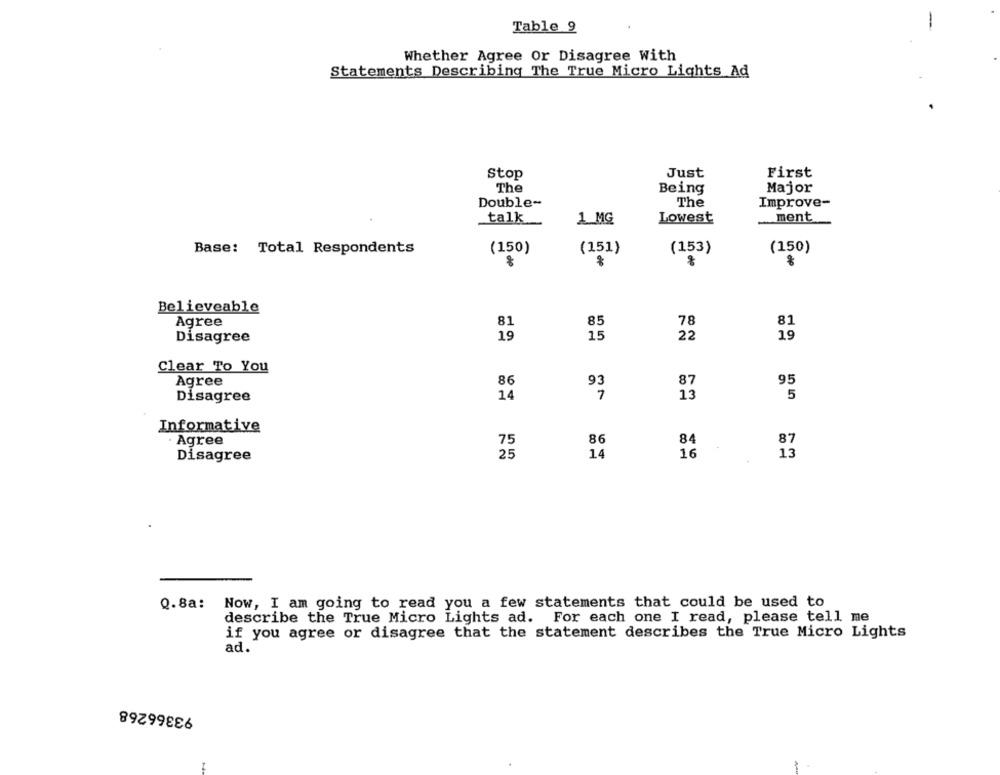
Table 9
Whether Agree Or Disagree With
Statements Describing The True Micro Lights Ad
Stop
Just
First
The
Being
Major
The
Double-
Improve-
talk
ment
1 MG
Lowest
(150)
(151)
(153)
(150)
Base: Total Respondents
%
Believeable
Agree
81
85
78
81
Disagree
19
15
22
19
Clear To You
Agree
86
93
87
95
13
5
Disagree
14
Informative
· Agree
75
86
84
87
Disagree
25
14
16
13
0.8a:
Now, I am going to read you a few statements that could be used to
describe the True Micro Lights ad. For each one I read, please tell me
if you agree or disagree that the statement describes the True Micro Lights
ad.
93366268